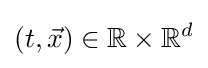
(t,{\vec {x}})\in \mathbb {R} \times \mathbb {R} ^{d}